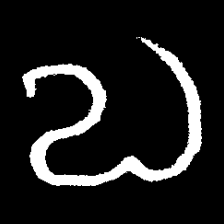
Pyu character \u2014 Myanmar letter: လ (romanized: la)